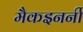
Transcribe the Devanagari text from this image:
मैकइनर्नी